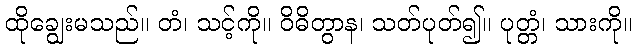
ထိုချွေးမသည်။ တံ၊ သင့်ကို။ ဝိဓိတွာန၊ သတ်ပုတ်၍။ ပုတ္တံ၊ သားကို။